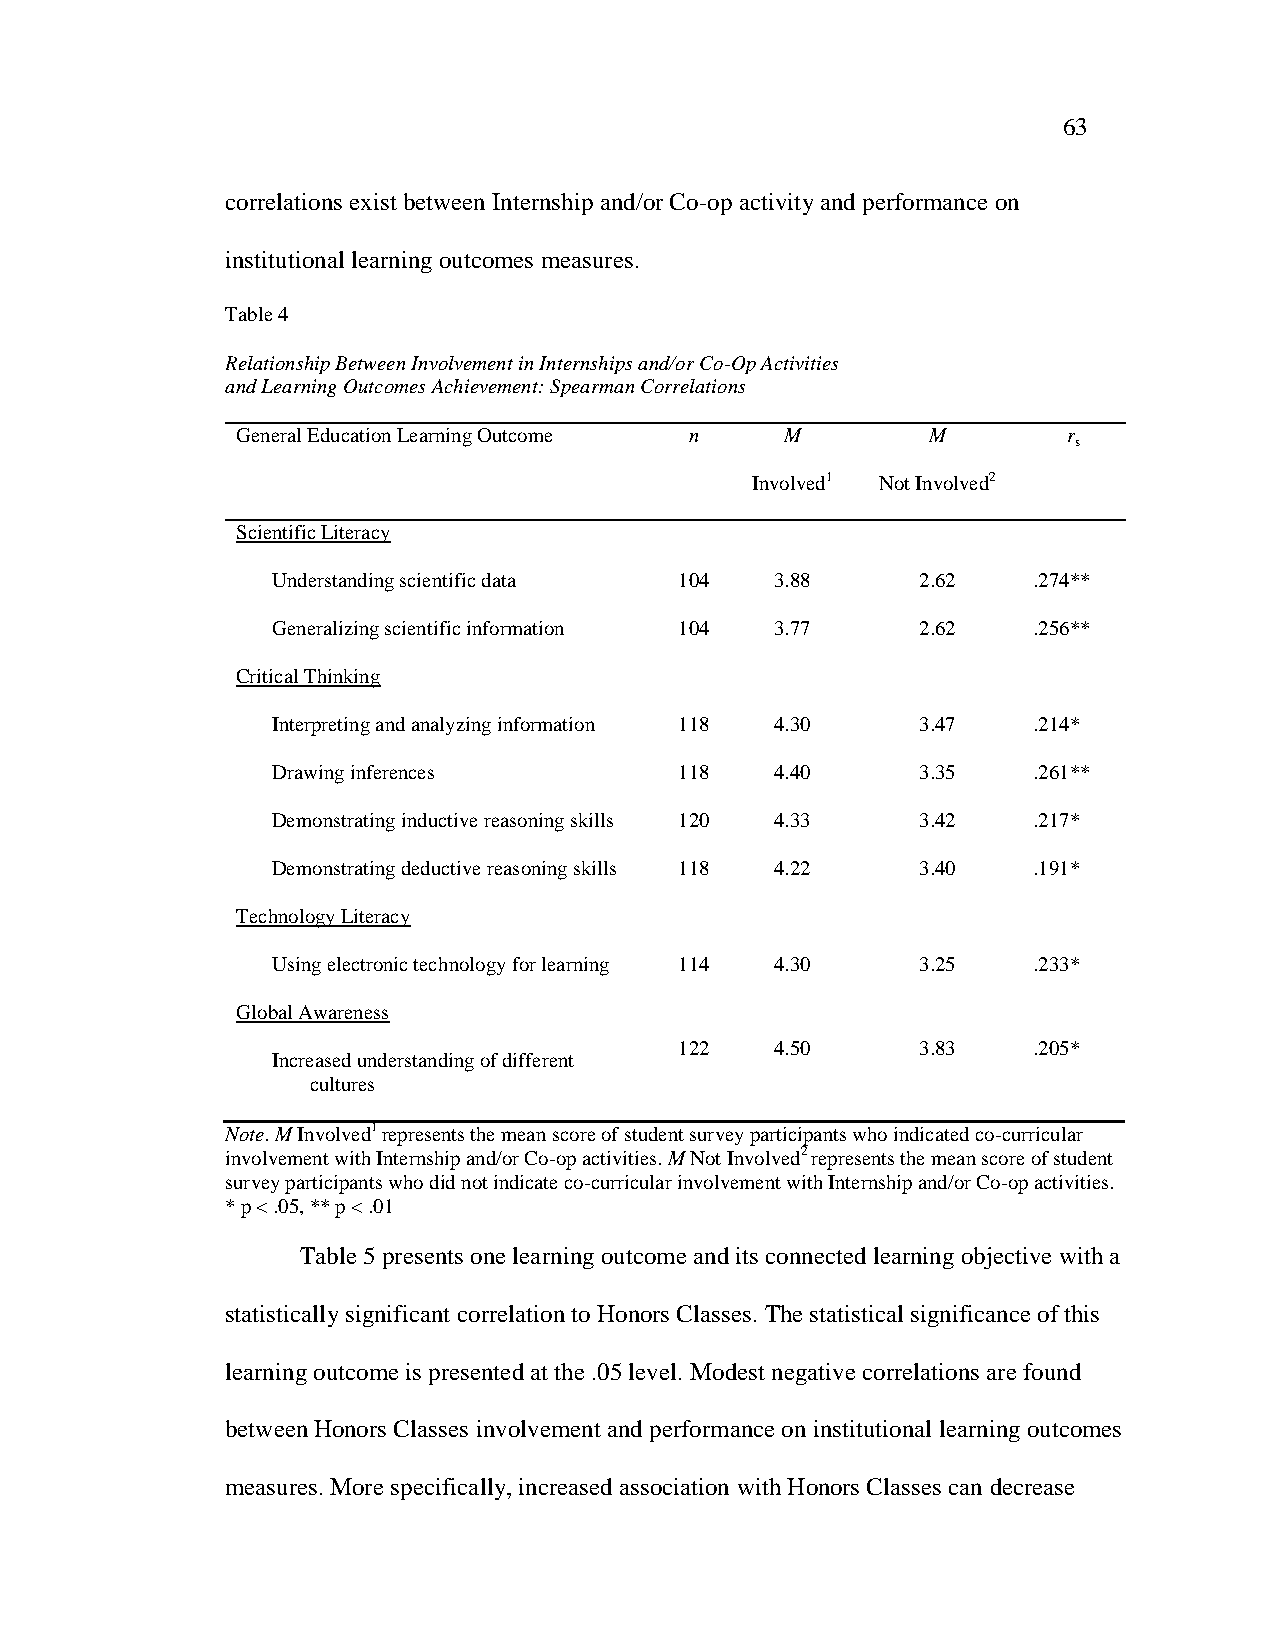
63
 correlations exist between Internship and/or Co-op activity and performance on
 institutional learning outcomes measures.
 Table 4
 Relationship Between Involvement in Internships and/or Co-Op Activities
 and Learning Outcomes Achievement: Spearman Correlations
 General Education Learning Outcome n M        M        r
 s
 Involved1 Not Involved2
 Scientific Literacy
 Understanding scientific data 104 3.88     2.62   .274**
 Generalizing scientific information 104 3.77 2.62 .256**
 Critical Thinking
 Interpreting and analyzing information 118 4.30 3.47 .214*
 Drawing inferences         118   4.40      3.35   .261**
 Demonstrating inductive reasoning skills 120 4.33 3.42 .217*
 Demonstrating deductive reasoning skills 118 4.22 3.40 .191*
 Technology Literacy
 Using electronic technology for learning 114 4.30 3.25 .233*
 Global Awareness
 122   4.50      3.83   .205*
 Increased understanding of different
 cultures
 Note. M Involved1 represents the mean score of student survey participants who indicated co-curricular
 involvement with Internship and/or Co-op activities. M Not Involved2 represents the mean score of student
 survey participants who did not indicate co-curricular involvement with Internship and/or Co-op activities.
 * p < .05, ** p < .01
 Table 5 presents one learning outcome and its connected learning objective with a
 statistically significant correlation to Honors Classes. The statistical significance of this
 learning outcome is presented at the .05 level. Modest negative correlations are found
 between Honors Classes involvement and performance on institutional learning outcomes
 measures. More specifically, increased association with Honors Classes can decrease